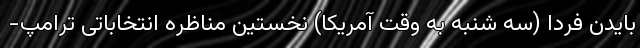
بایدن فردا (سه شنبه به وقت آمریکا) نخستین مناظره انتخاباتی ترامپ-